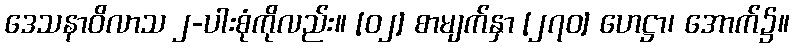
ဒေသနာဝိလာသ ၂-ပါးစုံကိုလည်း။ [၀၂] စာမျက်နှာ [၂၇၀] ဟေဋ္ဌာ၊ အောက်၌။